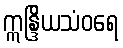
ဣန္ဒြိယသံဝရေ